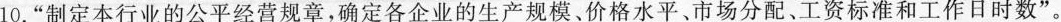
10.”制定本行业的公平经营规章，确定各企业的生产规模、价格水平、市场分配、工资标准和工作日时数”。